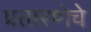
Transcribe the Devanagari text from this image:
प्रतारणेचे